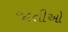
જાતીઓ